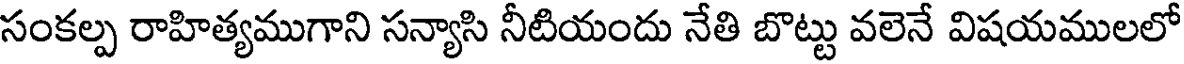
సంకల్ప రాహిత్యముగాని సన్యాసి నీటియందు నేతి బొట్టు వలెనే విషయములలో